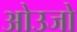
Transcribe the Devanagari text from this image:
ओउजो